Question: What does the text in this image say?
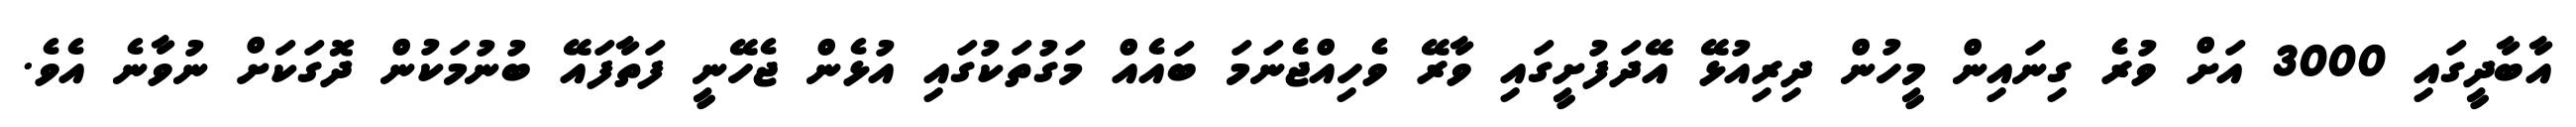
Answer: އާބާދީގައި 3000 އަށް ވުރެ ގިނައިން މީހުން ދިރިއުޅޭ އޭދަފުށީގައި ވާރޭ ވެހިއްޖެނަމަ ބައެއް މަގުތަކުގައި އުޅެން ޖެހޭނީ ފަތާފައޭ ބުނުމަކުން ދޮގަކަށް ނުވާނެ އެވެ.